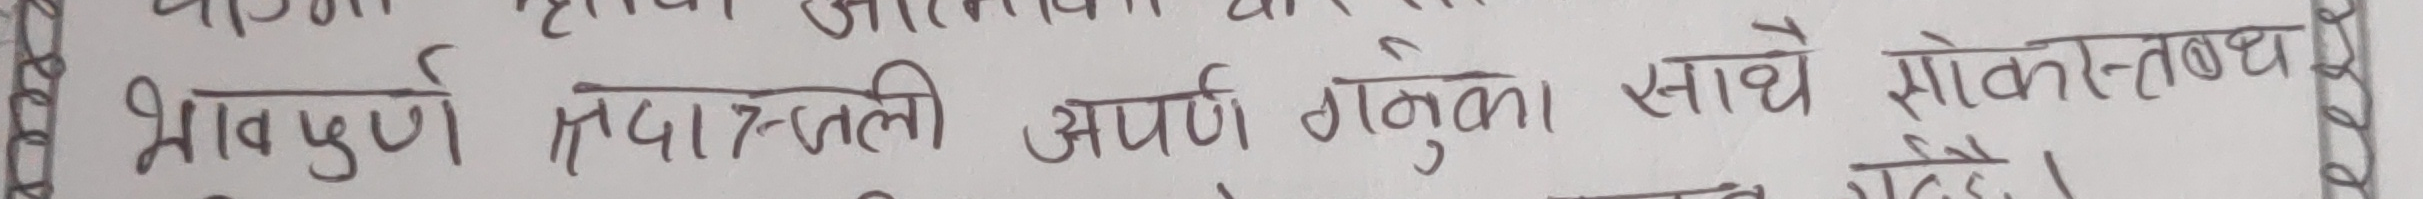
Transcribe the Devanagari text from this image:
भावपूर्ण सदास्तली अर्पण गर्नुको साथै सोकस्तब्ध